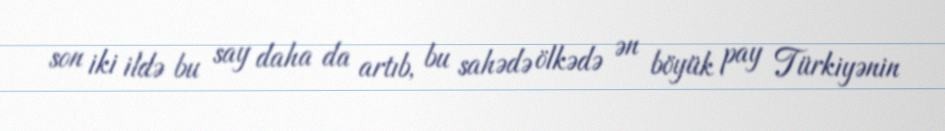
son iki ildə bu say daha da artıb, bu sahədə ölkədə ən böyük pay Türkiyənin